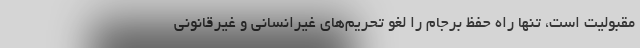
مقبولیت است، تنها راه حفظ برجام را لغو تحریم‌های غیرانسانی و غیرقانونی